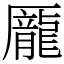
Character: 龎